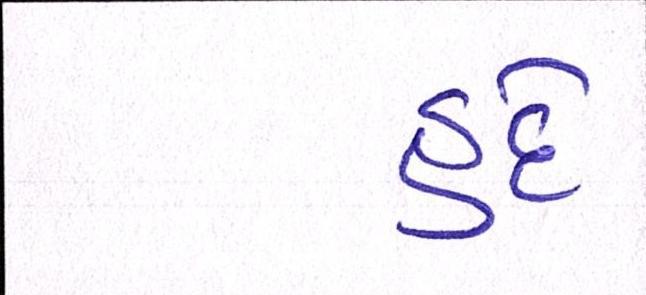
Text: હદે